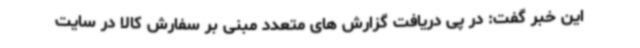
این خبر گفت: در پی دریافت گزارش های متعدد مبنی بر سفارش کالا در سایت